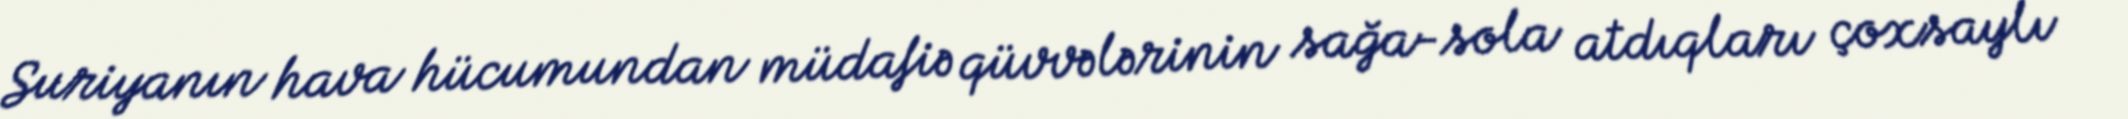
Suriyanın hava hücumundan müdafiə qüvvələrinin sağa-sola atdıqları çoxsaylı